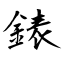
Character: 錶